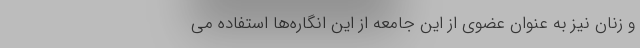
و زنان نیز به عنوان عضوی از این جامعه از این انگاره‌ها استفاده می